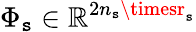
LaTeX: \Phi_{\mathtt{s}}\in\mathbb{{R}}^{2n_{\mathtt{s}}\timesr_{\mathtt{s}}}